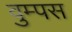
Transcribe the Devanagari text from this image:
वुम्पस